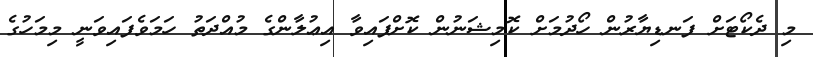
މި ދެކޯޓަށް ފަނޑިޔާރުން ހޯދުމަށް ކޮމިޝަނުން ކޮށްފައިވާ އިޢުލާންގެ މުއްދަތު ހަމަވެފައިވަނީ މިމަހުގެ